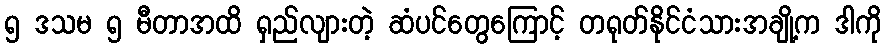
၅ ဒသမ ၅ မီတာအထိ ရှည်လျားတဲ့ ဆံပင်တွေကြောင့် တရုတ်နိုင်ငံသားအချို့က ဒါကို